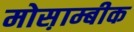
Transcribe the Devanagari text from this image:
मोस़ाम्बीक